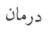
درمان